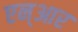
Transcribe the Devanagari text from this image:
एन्‌आर